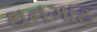
થનગાટ